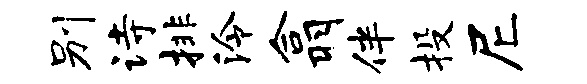
别诗排泠翕伴投尼